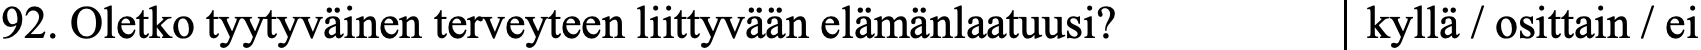
92. Oletko tyytyväinen terveyteen liittyvään elämänlaatuusi? kyllä / osittain / ei